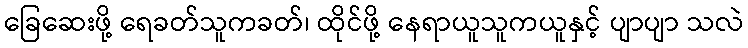
ခြေဆေးဖို့ ရေခတ်သူကခတ်၊ ထိုင်ဖို့ နေရာယူသူကယူနှင့် ပျာပျာ သလဲ